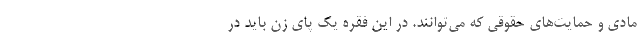
مادی و حمایت‌های حقوقی که می‌توانند. در این فقره یک پای زن باید در